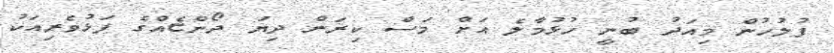
ފުލުހުން މިއަދު ބުނީ ހުޅުމާލެ އަށް މަސް ކިރަން ދިޔަ ދޯންޏެއްގެ ފަޅުވެރިއަކު